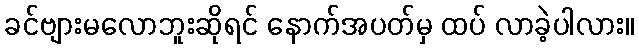
ခင်ဗျားမလောဘူးဆိုရင် နောက်အပတ်မှ ထပ် လာခဲ့ပါလား။